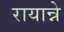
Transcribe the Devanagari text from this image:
रायान्ने